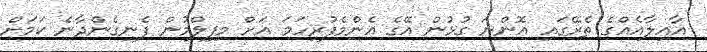
އާއިލާއެއްގެ ތެރޭގައި އޮންނަ ގުޅުން އޭގެ އެންމެފުރިހަމަ އަށް މިފިލްމުން ފެނިގެންދާނެ ކަމަށް